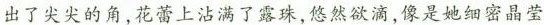
出了尖尖的角，花蕾上沾满了露珠，悠然欲滴，像是她细密晶莹